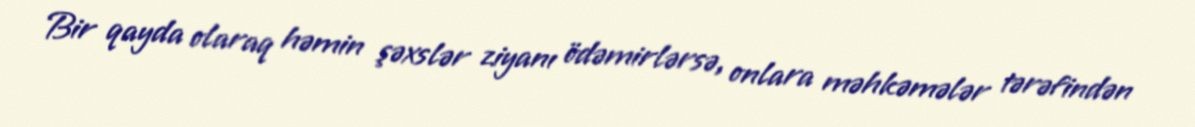
Bir qayda olaraq həmin şəxslər ziyanı ödəmirlərsə, onlara məhkəmələr tərəfindən